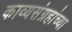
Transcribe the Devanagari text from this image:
काव्यसंग्रहांच्या